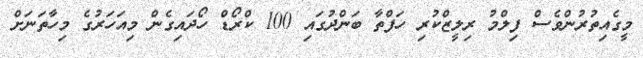
މީގެއިތުރުންވެސް ފިލްމު ރިލީޒްކުރި ހަފްތާ ބަންދުގައި 100 ކްރޯޑް ހޯދައިގެން މިއަހަރުގެ މިހާތަނަށް